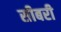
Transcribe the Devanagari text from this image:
सीबरी